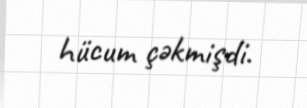
hücum çəkmişdi.